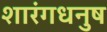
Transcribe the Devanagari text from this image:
शारंगधनुष